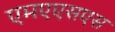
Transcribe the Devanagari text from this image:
एमएएसएस